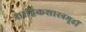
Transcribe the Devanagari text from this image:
शाद्विकशास्त्रमूढीं